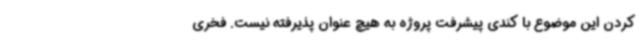
کردن این موضوع با کندی پیشرفت پروژه به هیچ عنوان پذیرفته نیست. فخری